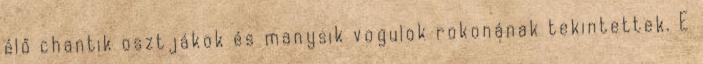
élő chantik osztjákok és manysik vogulok rokonának tekintettek. E